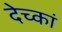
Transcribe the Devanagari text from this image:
देच्कां